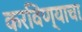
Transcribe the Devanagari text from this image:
करविण्याचा